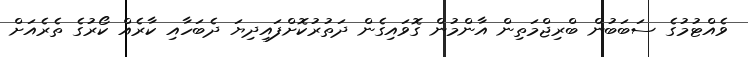
ވެއްޓުމުގެ ސަބަބުން ބްރިޖްމަތިން އާންމުން ގޮވައިގެން ދަތުރުކޮށްފައިދިޔަ ދެބަހާއި ކާރެއް ކޯރުގެ ތެރެއަށް